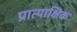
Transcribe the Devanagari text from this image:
प्रात्याक्षिक